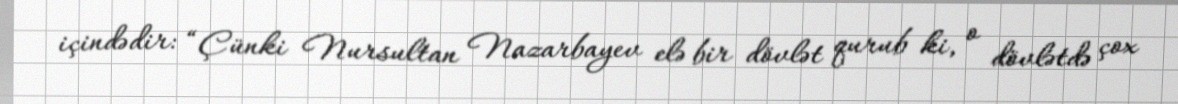
içindədir: “Çünki Nursultan Nazarbayev elə bir dövlət qurub ki, o dövlətdə çox